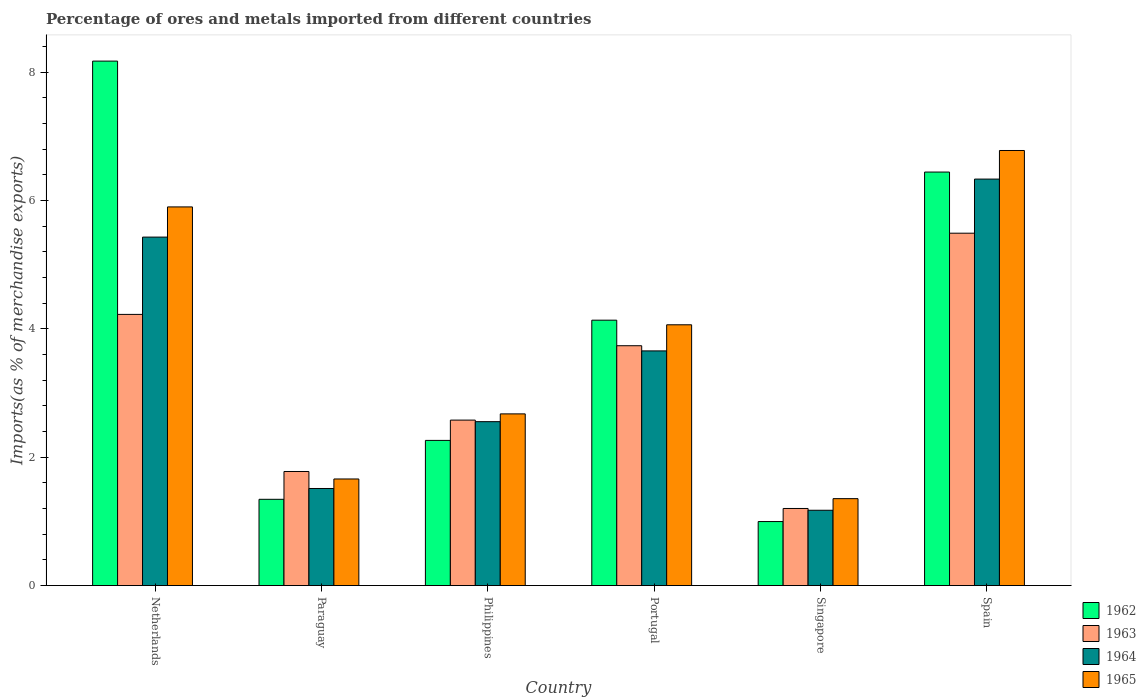
| Country | 1962 | 1963 | 1964 | 1965 |
 | --- | --- | --- | --- | --- |
 | Netherlands | 8.17 | 4.22 | 5.43 | 5.9 |
 | Paraguay | 1.34 | 1.78 | 1.51 | 1.66 |
 | Philippines | 2.26 | 2.58 | 2.55 | 2.67 |
 | Portugal | 4.13 | 3.74 | 3.66 | 4.06 |
 | Singapore | 0.997 | 1.2 | 1.17 | 1.35 |
 | Spain | 6.44 | 5.49 | 6.33 | 6.78 |